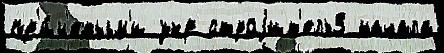
пр'и́н'ятым'и укр строjит'ель3 начала